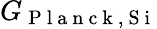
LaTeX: G_{\mathrm{~P~l~a~n~c~k~,~S~i~}}